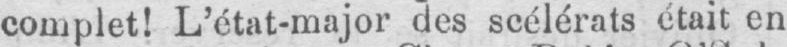
complet! L’état-major des scélérats était en